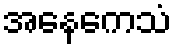
အနေကေသံ